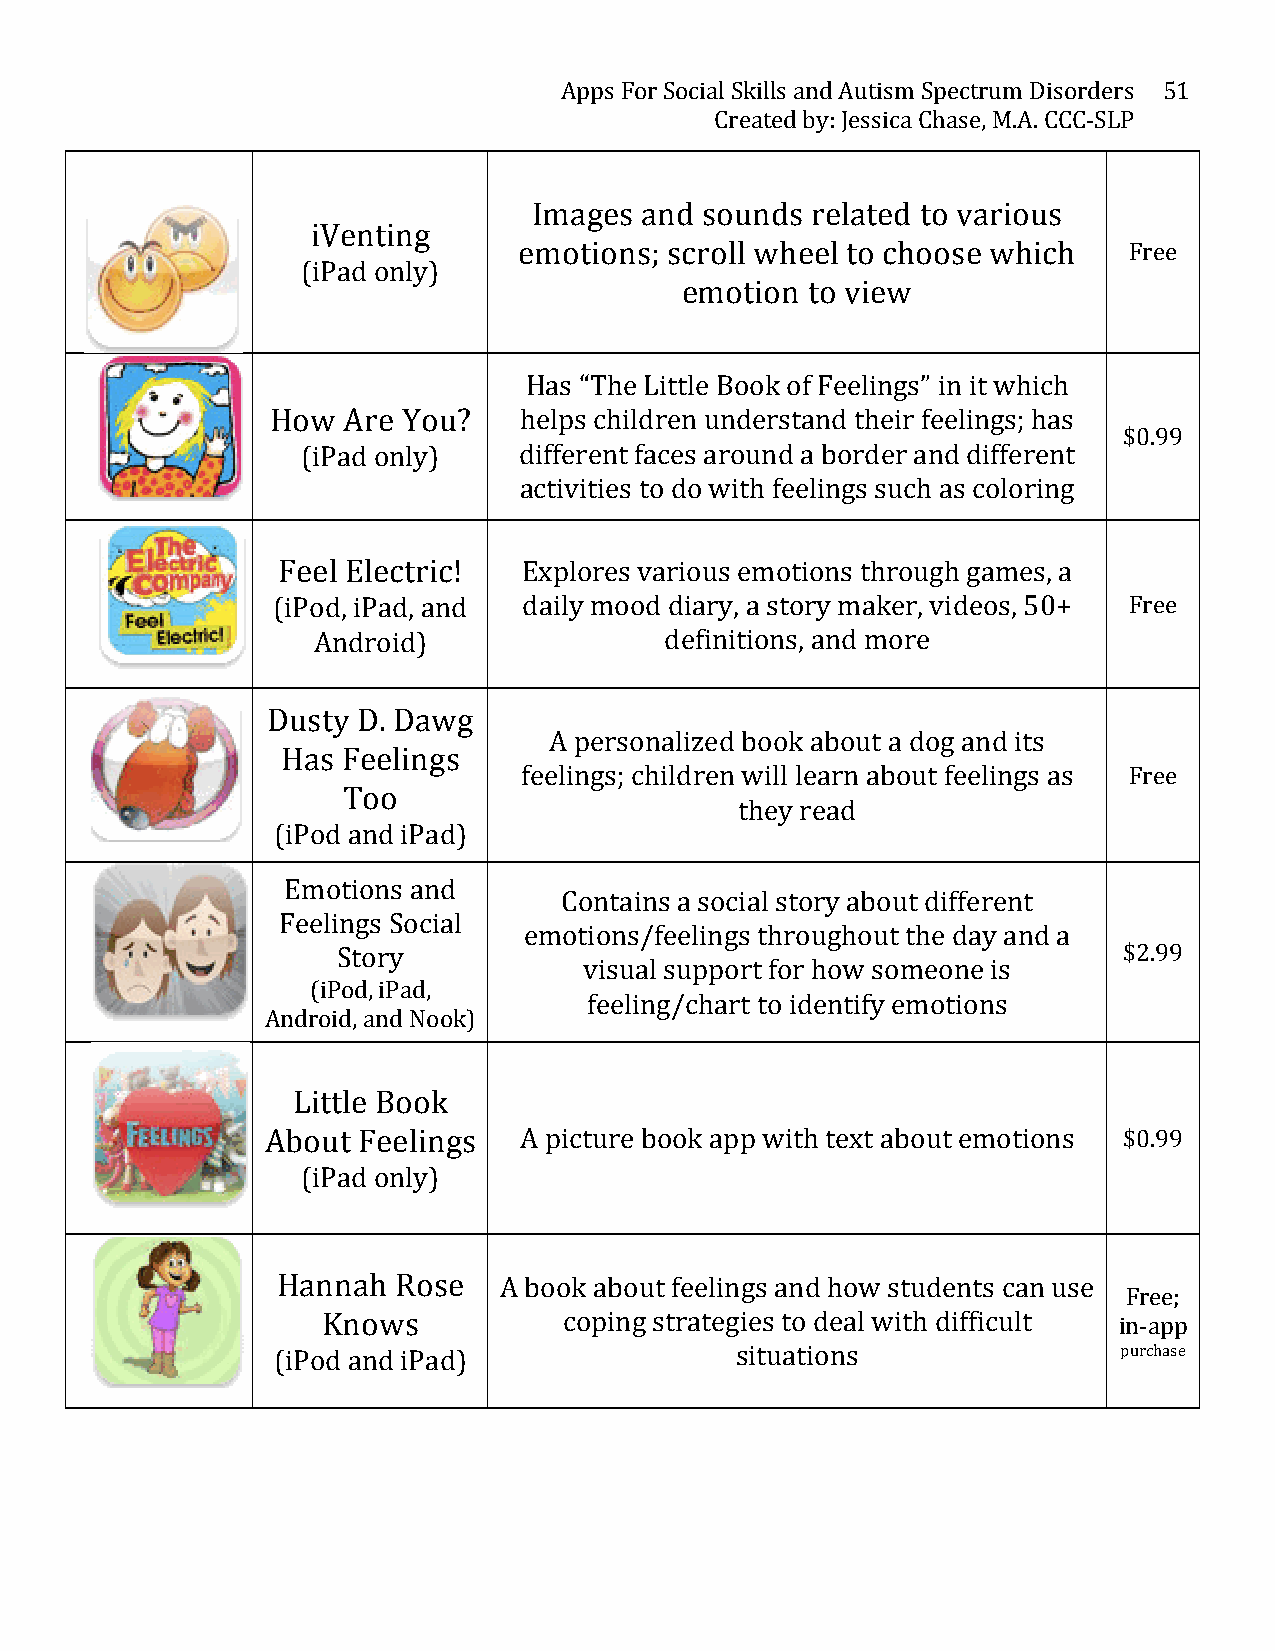
Apps For Social Skills and Autism Spectrum Disorders 51
 Created by: Jessica Chase, M.A. CCC-­‐SLP
 Images and sounds  related to various
 iVenting
 emotions; scroll wheel to choose which   Free
 (iPad only)
 emotion to view
 Has “The Little Book of Feelings” in it which
 How  Are You?   helps children understand their feelings; has
 $0.99
 (iPad only)   different faces around a border and different
 activities to do with feelings such as coloring
 Feel Electric!   Explores various emotions through games, a
 (iPod, iPad, and daily mood diary, a story maker, videos, 50+ Free
 Android)               definitions, and more
 Dusty D. Dawg
 A personalized book about a dog and its
 Has Feelings
 feelings; children will learn about feelings as Free
 Too
 they read
 (iPod and iPad)
 Emotions and
 Contains a social story about different
 Feelings Social
 emotions/feelings throughout the day and a
 Story                                               $2.99
 visual support for how someone is
 (iPod, iPad,
 feeling/chart to identify emotions
 Android, and Nook)
 Little Book
 About Feelings  A picture book app with text about emotions $0.99
 (iPad only)
 Hannah  Rose   A book about feelings and how students can use
 Free;
 Knows           coping strategies to deal with difficult in-­‐app
 (iPod and iPad)                situations               purchase